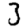
Digit: 3